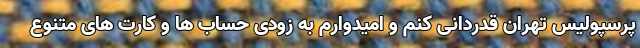
پرسپولیس تهران قدردانی کنم و امیدوارم به زودی حساب ها و کارت های متنوع